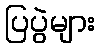
ပြပွဲများ